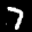
Label: 7